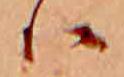
ハ